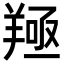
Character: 𦎢